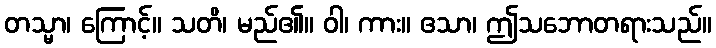
တသ္မာ၊ ကြောင့်။ သတိ၊ မည်၏။ ဝါ၊ ကား။ ဧသာ၊ ဤသဘောတရားသည်။